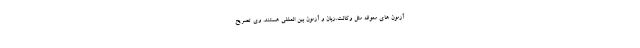
آزمون های معوقه مثل وکالت،زبان و آزمون بین المللی هستند. وی تصریح